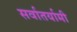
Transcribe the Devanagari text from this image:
सर्वातर्यामी